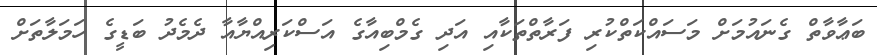
ބަޢާވާތް ގެނައުމަށް މަސައްކަތްކުރި ފަރާތްތަކާއި އަދި ގެމްބިއާގެ އަސްކަރިއްޔާއާ ދެމެދު ބަޑީގެ ހަމަލާތަށް